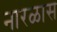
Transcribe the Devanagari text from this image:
नारळास